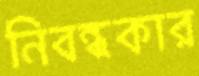
নিবন্ধকার